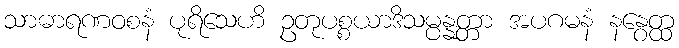
သာဓာရဏဝစနံ ပုရိသေဟိ ဥတုပစ္စယာဒိသမ္ပန္နတ္တာ အပဂမနံ နနွေတ္ထ